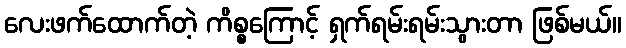
လေးဖက်ထောက်တဲ့ ကိစ္စကြောင့် ရှက်ရမ်းရမ်းသွားတာ ဖြစ်မယ်။